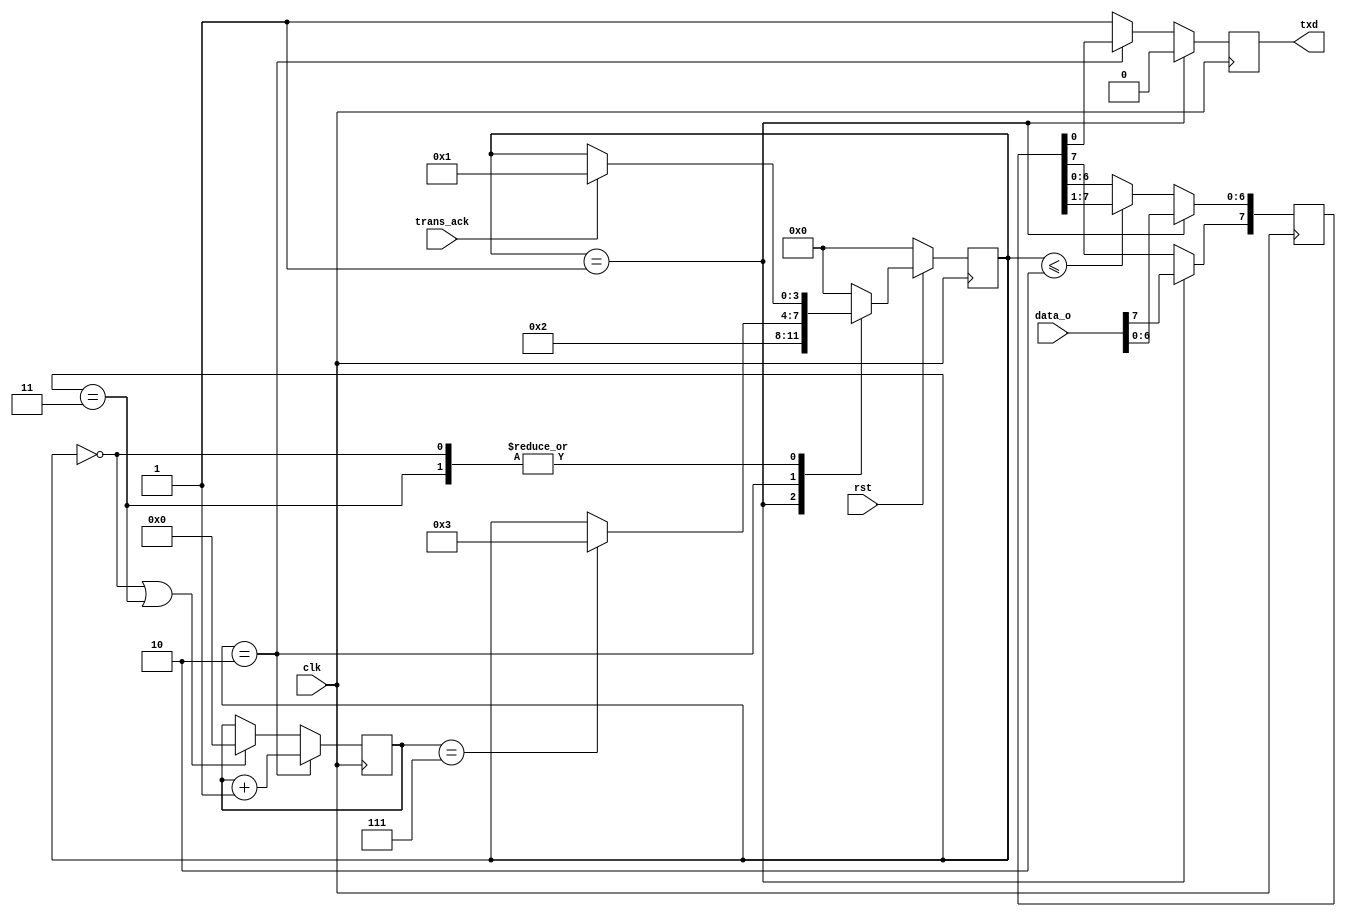
module uart_transmitter(
	input [7:0] data_o,
	input clk,
	input rst,
	input trans_ack,
	output reg txd
);

	localparam IDLE=0, SEND_START=1, SEND_DATA=2, SEND_END=3;
	reg [3:0] cur_st, nxt_st;
	reg [4:0] count;
	reg [7:0] data_o_tmp;
	
	always @ (posedge clk) begin
		if(rst==0)
			cur_st<=IDLE;
		else
			cur_st<=nxt_st;
	end
	
	always @ (*) begin
		nxt_st<=cur_st;
		case (cur_st)
			IDLE: if (trans_ack) nxt_st<=SEND_START;
			SEND_START: nxt_st<=SEND_DATA;
			SEND_DATA: if (count==7) nxt_st<=SEND_END;
			SEND_END: if (trans_ack) nxt_st<=SEND_START;
			default: nxt_st<=IDLE;
		endcase
	end
	
	always @ (posedge clk) begin
		if(cur_st==SEND_DATA)
			count<=count+1;
		else if (cur_st==IDLE|cur_st==SEND_END)
			count<=0;
	end
	
	always @ (posedge clk) begin
		if(cur_st==SEND_START)
			data_o_tmp<=data_o;
		else if (cur_st<=SEND_DATA)
			data_o_tmp [6:0] <=data_o_tmp[7:1];
	end
	
	always @ (posedge clk) begin
		if (cur_st==SEND_START)
			txd<=0;
		else if (cur_st==SEND_DATA)
			txd<=data_o_tmp[0];
		else if (cur_st==SEND_END)
			txd<=1;
		else
			txd<=1;
	end

endmodule